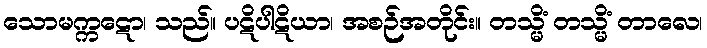
သောမက္ကဋော၊ သည်။ ပဋိပါဋိယာ၊ အစဉ်အတိုင်း။ တသ္မိံ တသ္မိံ တာလေ၊